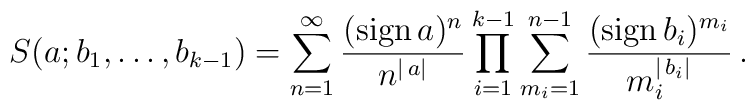
S(a;b_1,\ldots,b_{k-1})=\sum_{n=1}^\infty\frac{({\rm sign}\,a)^{n}}{n^{|\,a|}}\prod_{i=1}^{k-1}\sum_{m_i=1}^{n-1}\frac{({\rm sign}\,b_i)^{m_i}}{m_i^{|\,b_i|}}\,.